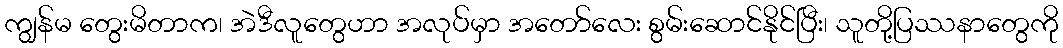
ကျွန်မ တွေးမိတာက၊ အဲဒီလူတွေဟာ အလုပ်မှာ အတော်လေး စွမ်းဆောင်နိုင်ပြီး၊ သူတို့ပြဿနာတွေကို